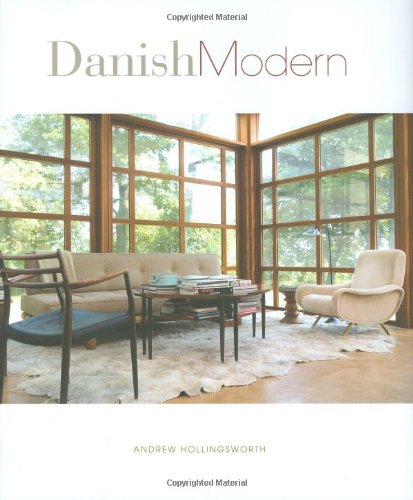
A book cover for Danish Modern; Andrew Hollingsworth; Arts & Photography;